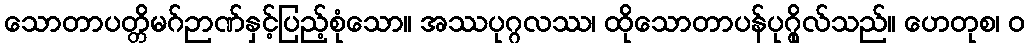
သောတာပတ္တိမဂ်ဉာဏ်နှင့်ပြည့်စုံသော။ အဿပုဂ္ဂလဿ၊ ထိုသောတာပန်ပုဂ္ဂိုလ်သည်။ ဟေတုစ၊ ဝ